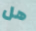
هل